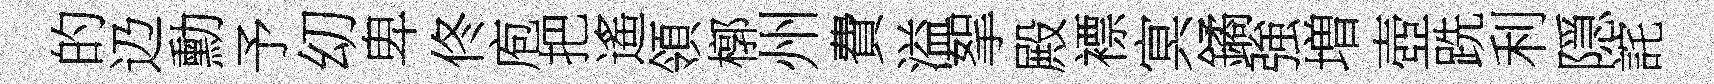
的辸勳予㓜卑佟庖把遙領槨州費溢挐殿褾㝠鐍強増壺跣利隠詫